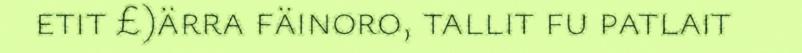
etit £)ärra fäinoro, tallit fu patlait